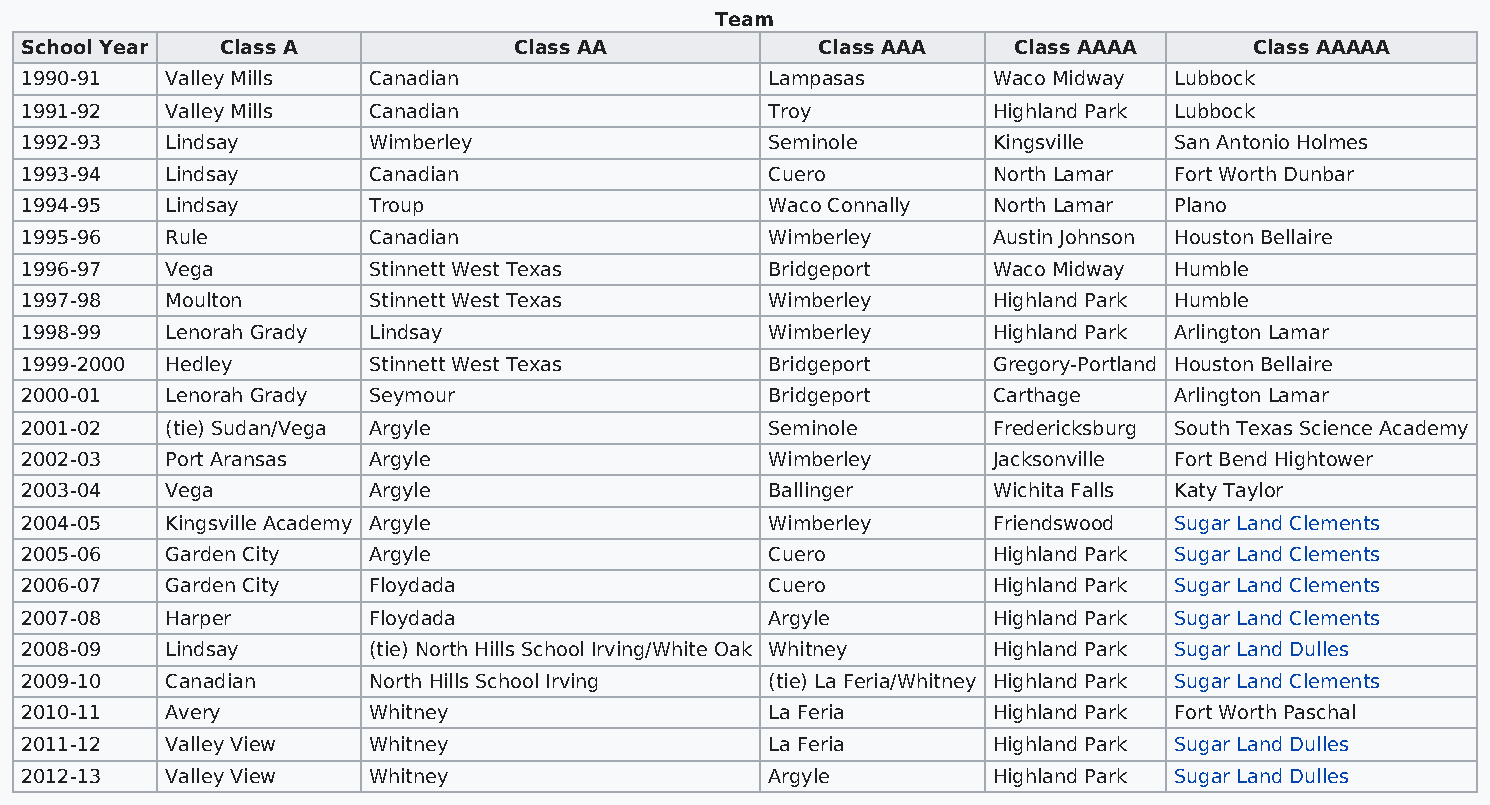
Team
 School Year   Class A            Class AA            Class AAA    Class AAAA      Class AAAAA
 1990-91   Valley Mills Canadian                   Lampasas       Waco Midway Lubbock
 1991-92   Valley Mills Canadian                   Troy           Highland Park Lubbock
 1992-93   Lindsay      Wimberley                  Seminole       Kingsville  San Antonio Holmes
 1993-94   Lindsay      Canadian                   Cuero          North Lamar Fort Worth Dunbar
 1994-95   Lindsay      Troup                      Waco Connally  North Lamar Plano
 1995-96   Rule         Canadian                   Wimberley      Austin Johnson Houston Bellaire
 1996-97   Vega         Stinnett West Texas        Bridgeport     Waco Midway Humble
 1997-98   Moulton      Stinnett West Texas        Wimberley      Highland Park Humble
 1998-99   Lenorah Grady Lindsay                   Wimberley      Highland Park Arlington Lamar
 1999-2000 Hedley       Stinnett West Texas        Bridgeport     Gregory-Portland Houston Bellaire
 2000-01   Lenorah Grady Seymour                   Bridgeport     Carthage    Arlington Lamar
 2001-02   (tie) Sudan/Vega Argyle                 Seminole       Fredericksburg South Texas Science Academy
 2002-03   Port Aransas Argyle                     Wimberley      Jacksonville Fort Bend Hightower
 2003-04   Vega         Argyle                     Ballinger      Wichita Falls Katy Taylor
 2004-05   Kingsville Academy Argyle               Wimberley      Friendswood Sugar Land Clements
 2005-06   Garden City  Argyle                     Cuero          Highland Park Sugar Land Clements
 2006-07   Garden City  Floydada                   Cuero          Highland Park Sugar Land Clements
 2007-08   Harper       Floydada                   Argyle         Highland Park Sugar Land Clements
 2008-09   Lindsay      (tie) North Hills School Irving/White Oak Whitney Highland Park Sugar Land Dulles
 2009-10   Canadian     North Hills School Irving  (tie) La Feria/Whitney Highland Park Sugar Land Clements
 2010-11   Avery        Whitney                    La Feria       Highland Park Fort Worth Paschal
 2011-12   Valley View  Whitney                    La Feria       Highland Park Sugar Land Dulles
 2012-13   Valley View  Whitney                    Argyle         Highland Park Sugar Land Dulles